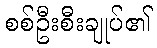
စစ်ဦးစီးချုပ်၏